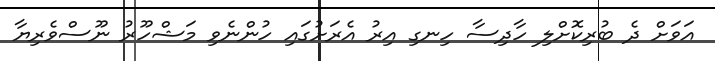
އަވަށް ދެ ބުރިކޮށްލި ހާދިސާ ހިނގި އިރު އެރަށުގައި ހުންނެވި މަޝްހޫރު ނޫސްވެރިޔާ